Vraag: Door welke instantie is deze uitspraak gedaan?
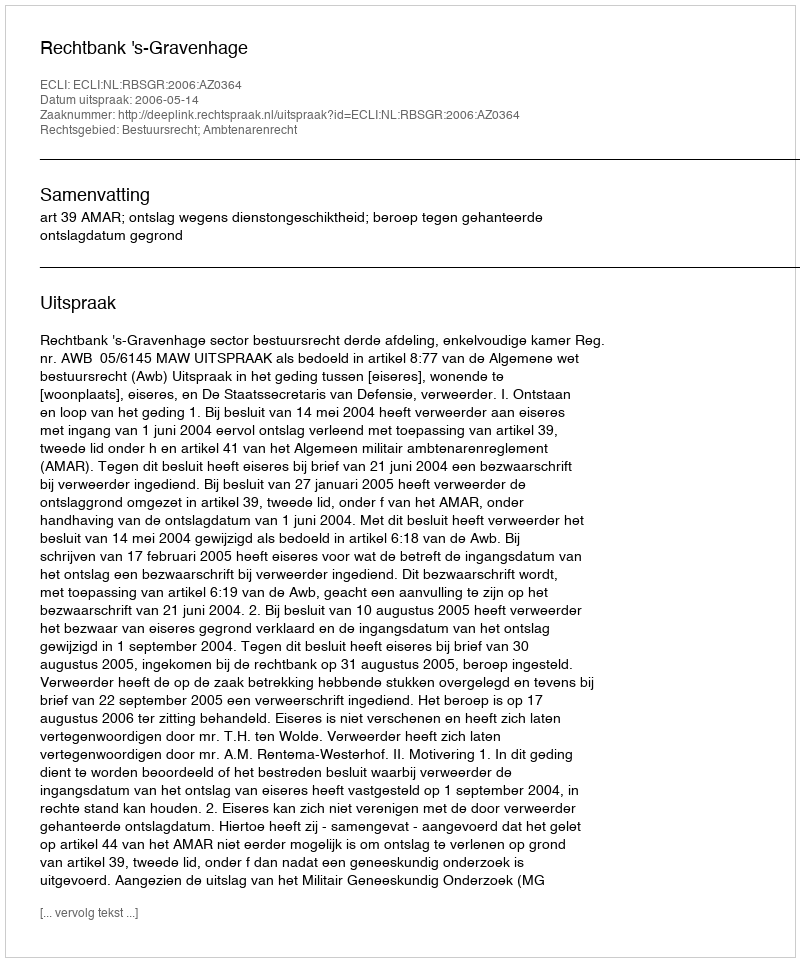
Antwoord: Rechtbank 's-Gravenhage